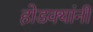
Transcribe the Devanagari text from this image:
होडक्यांनी